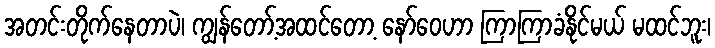
အတင်းတိုက်နေတာပဲ၊ ကျွန်တော့်အထင်တော့ နော်ဝေဟာ ကြာကြာခံနိုင်မယ် မထင်ဘူး၊